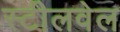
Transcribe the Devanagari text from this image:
स्टीलवेल